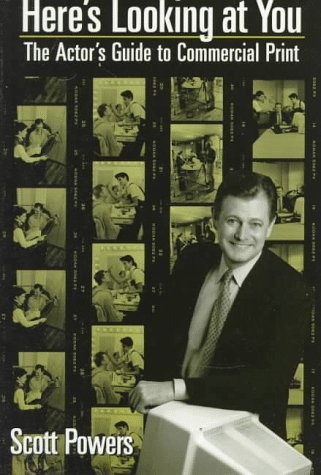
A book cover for Here's Looking at You: The Actor's Guide to Commercial Print; Scott Powers; Arts & Photography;